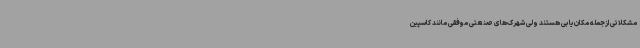
مشکلاتی ازجمله مکان‌یابی هستند ولی شهرک‌های صنعتی موفقی مانند کاسپین